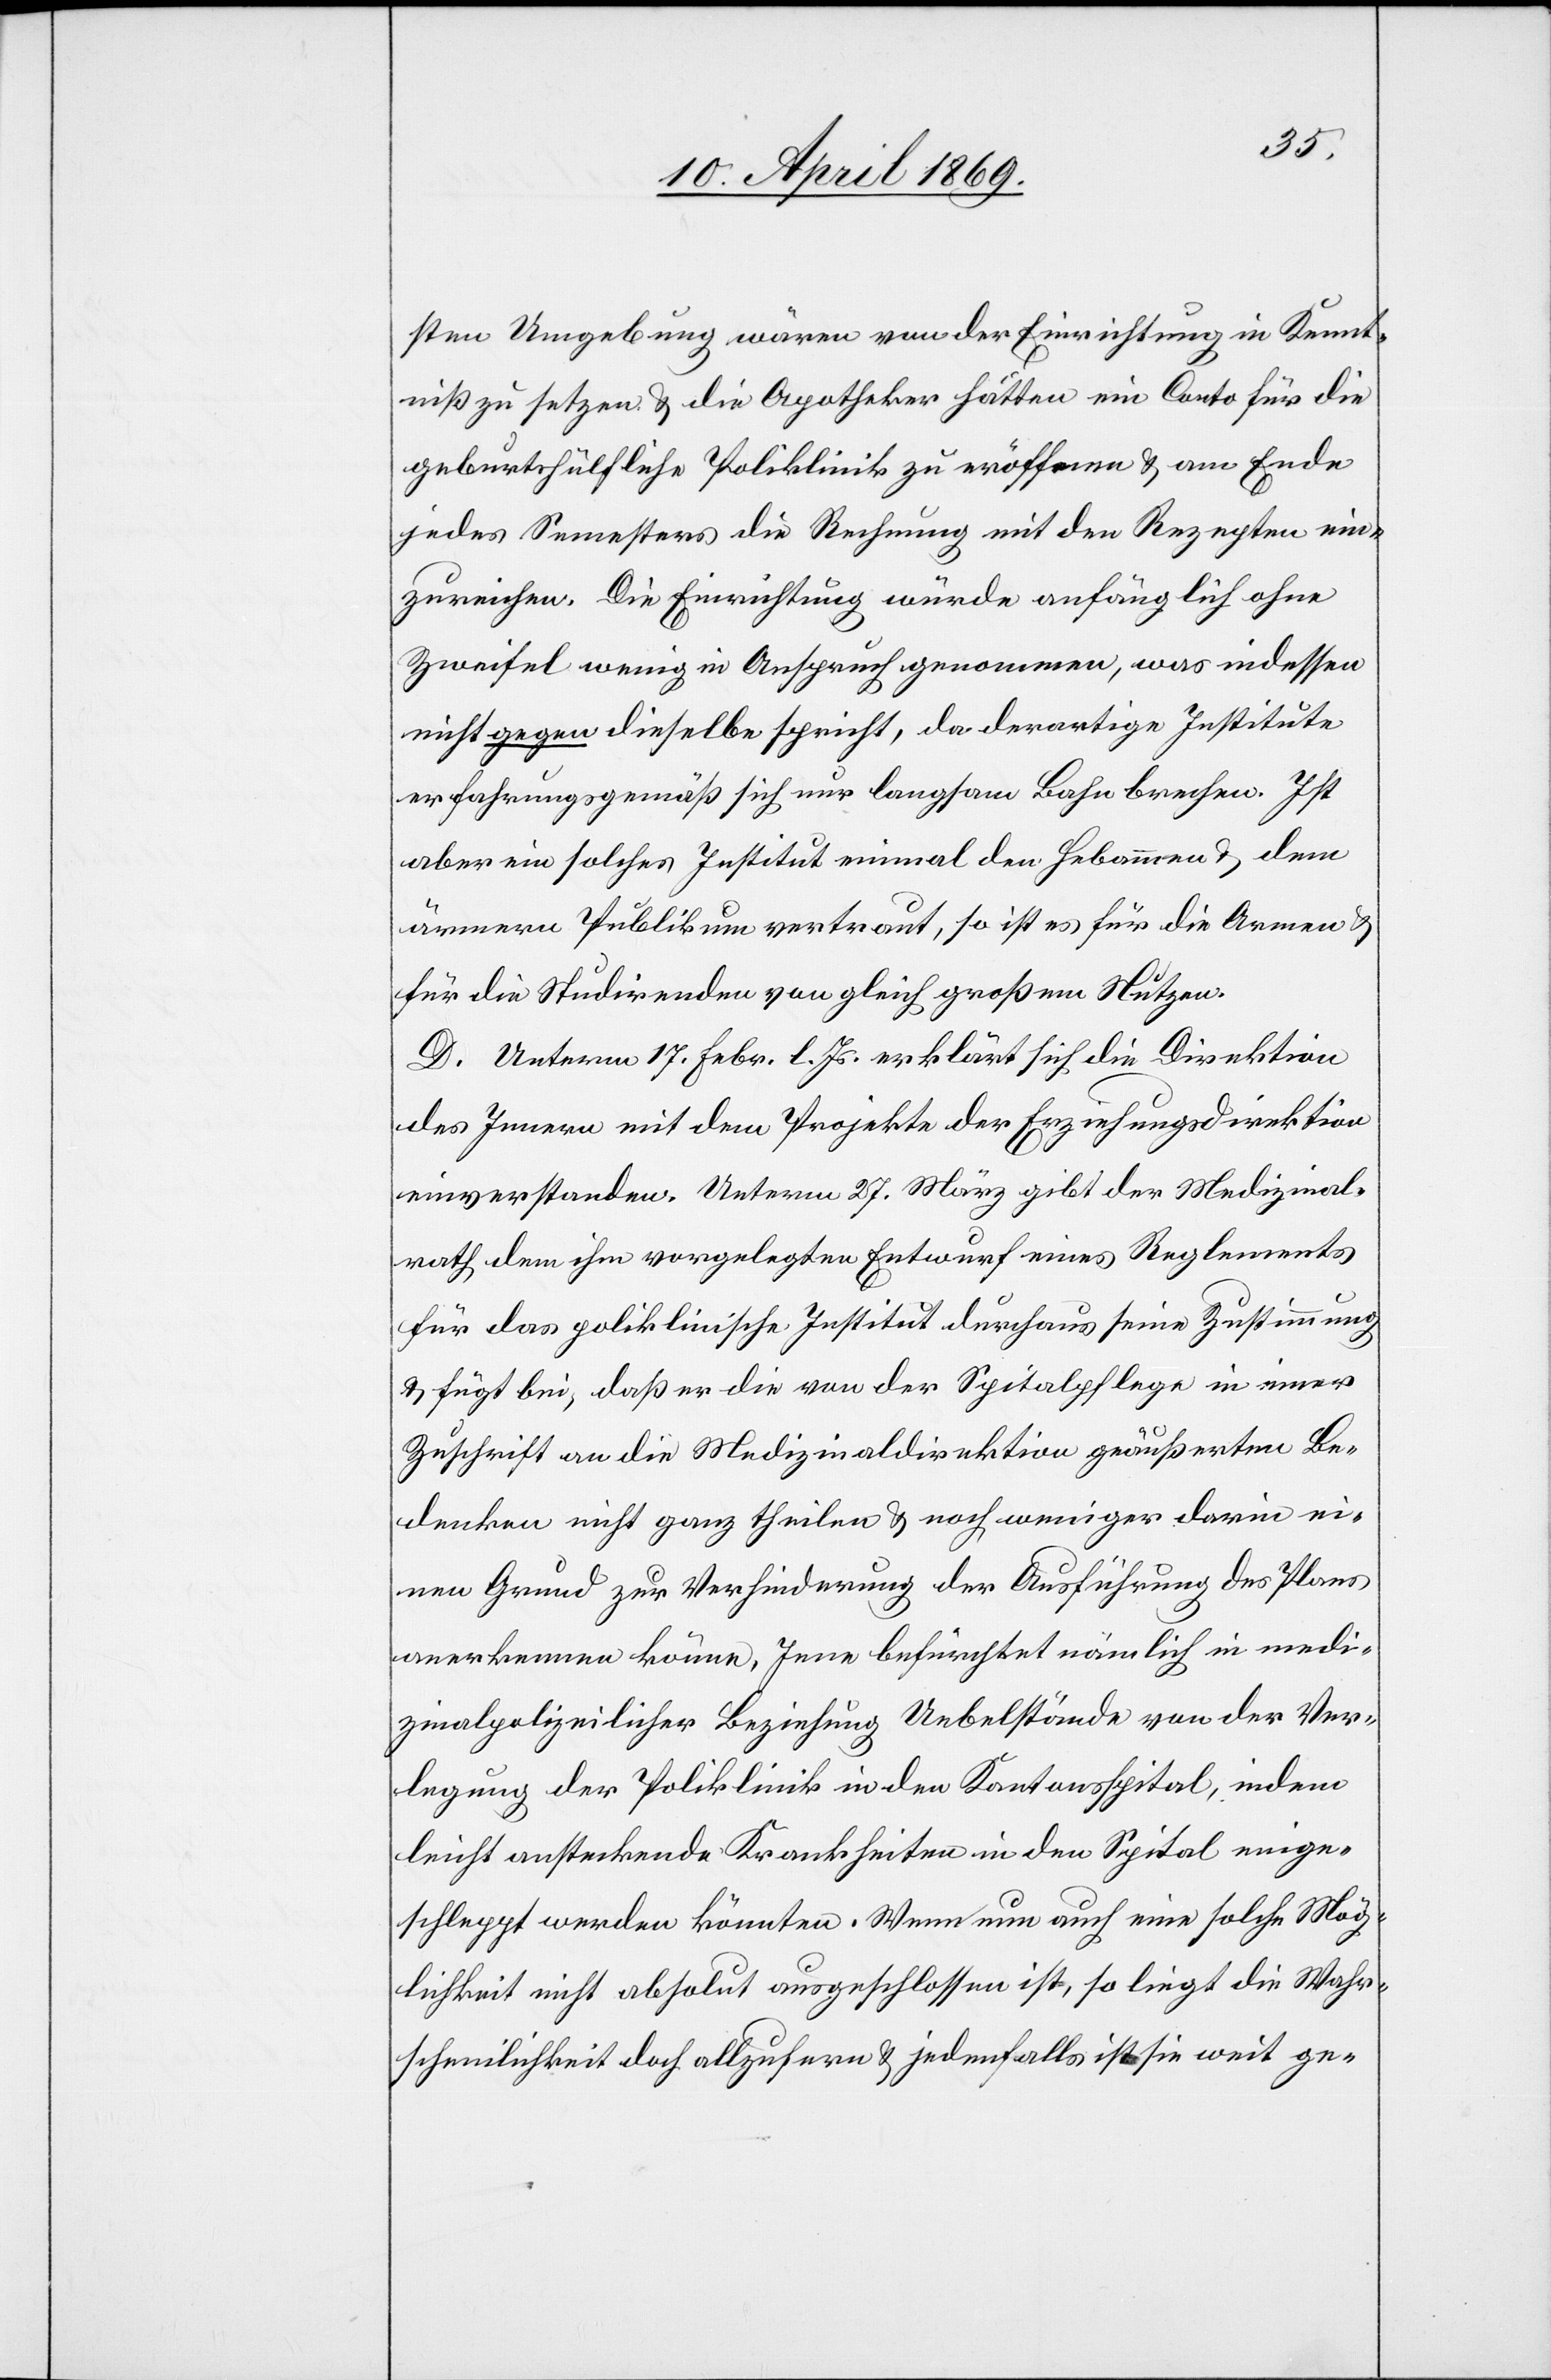
sten Umgebung wären von der Einrichtung in Kennt¬
niß zu setzen u. die Apotheker hätten ein Conto für die
geburtshülfliche Poliklinik zu eröffnen u. am Ende
jedes Semesters die Rechnung mit den Rezepten ein¬
zureichen. Die Einrichtung würde anfänglich ohne
Zweifel wenig in Anspruch genommen, was indessen
nicht gegen dieselbe spricht, da derartige Institute
erfahrungsgemäß sich nur langsam Bahn brechen. Ist
aber ein solches Institut einmal den Hebammen u. dem
ärmern Publikum vertraut, so ist es für die Armen u.
für die Studirenden von gleich großem Nutzen.
D. Unterm 17. Febr. l. Js. erklärt sich die Direktion
des Innern mit dem Projekte der Erziehungsdirektion
einverstanden. Unterm 27. März gibt der Medizinal¬
rath dem ihm vorgelegten Entwurf eines Reglements
für das poliklinische Institut durchaus seine Zustimmung
u. fügt bei, daß er die von der Spitalpflege in einer
Zuschrift an die Medizinaldirektion geäußerten Be¬
denken nicht ganz theilen u. noch weniger darin ei¬
nen Grund zur Verhinderung der Ausführung des Plans
anerkennen könne. Jene befürchtet nämlich in medi¬
zinalpolizeilicher Beziehung Uebelstände von der Ver¬
legung der Poliklinik in den Kantonsspital, indem
leicht ansteckende Krankheiten in den Spital einge¬
schleppt werden könnten. Wenn nun auch eine solche Mög¬
lichkeit nicht absolut ausgeschlossen ist, so liegt die Wahr¬
scheinlichkeit doch allzufern u. jedenfalls ist sie weit ge-